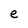
Character: e